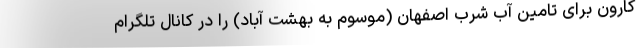
کارون برای تامین آب شرب اصفهان (موسوم به بهشت آباد) را در کانال تلگرام